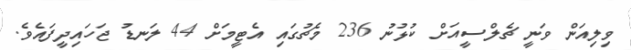
ވިލިއަން ވަނީ ޗެލްސީއަށް ކުޅުނު 236 މެޗުގައި އެޓީމަށް 44 ލަނޑު ޖަހައިދީފައެވެ.